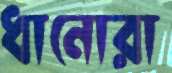
ধানোরা